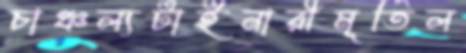
চাঞ্চল্যটাইনারীমূর্তিল